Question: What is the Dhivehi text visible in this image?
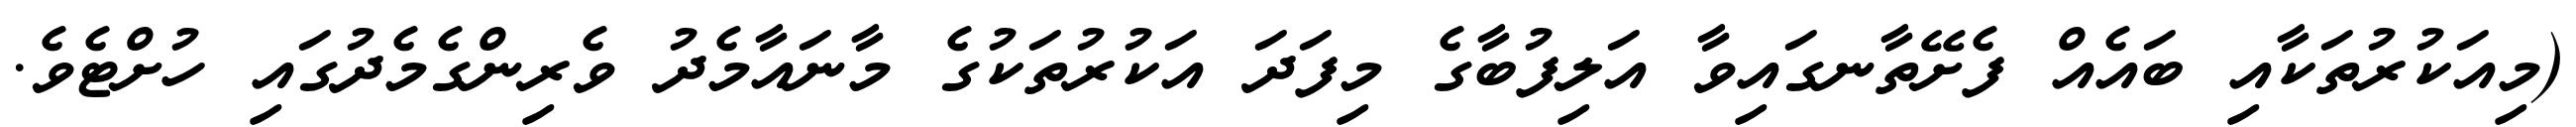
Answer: (މިއަކުރުތަކާއި ބައެއް ފެށޭތާނގައިވާ އަލިފުބާގެ މިފަދަ އަކުރުތަކުގެ މާނައާމެދު ވެރިންގެމެދުގައި ހުށްޓެވެ.